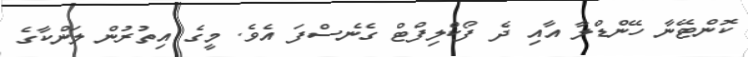
ކޮންޓޭނާ ހޭންޑްލާ އާއި ދެ ފޯކްލިފްޓް ގެނެސްފަ އެވެ. މީގެ އިތުރުން ލަންކާގެ